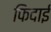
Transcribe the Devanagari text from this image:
फिदाई